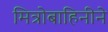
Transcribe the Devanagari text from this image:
मित्रोबाहिनीने